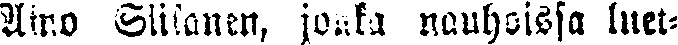
Aino Siikanen, jonka nauhoissa luet-